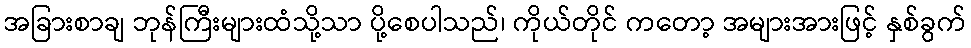
အခြားစာချ ဘုန်ကြီးများထံသို့သာ ပို့စေပါသည်၊ ကိုယ်တိုင် ကတော့ အများအားဖြင့် နှစ်ခွက်